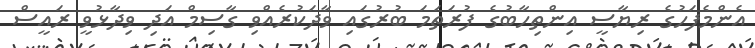
އެންމެފަހުގެ ރިޔާސީ އިންތިހާބުގެ ފުރަތަމަ ބުރުގައި ވާދަކުރެއްވި ގާސިމް އަދި ވިދާޅުވީ ރައީސް